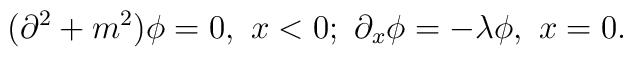
(\partial^2 +m^2)\phi =0, \ x<0; \ \partial_x\phi=-\lambda\phi, \ x=0.